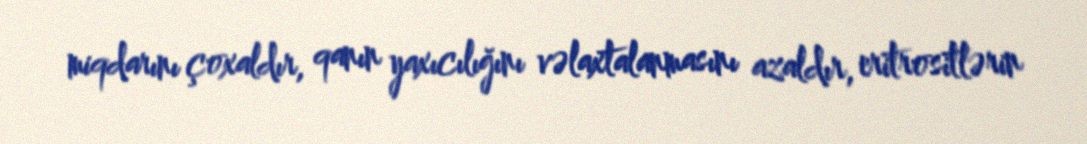
miqdarını çoxaldır, qanın yaxıcılığını vəlaxtalanmasını azaldır, eritrositlərin